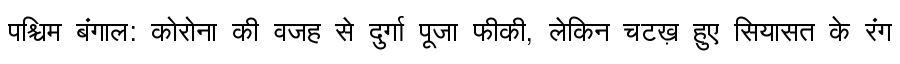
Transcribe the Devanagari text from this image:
पश्चिम बंगाल: कोरोना की वजह से दुर्गा पूजा फीकी, लेकिन चटख़ हुए सियासत के रंग